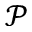
\mathcal { P }